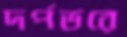
দর্পভরে